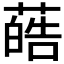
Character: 𫉢